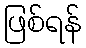
ဖြစ်ရန်